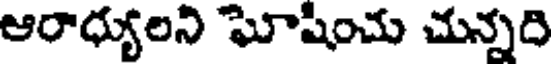
ఆరాధ్యులని ఘోషించు చున్నది